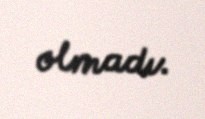
olmadı.